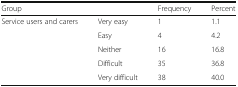
<table><thead><tr><td colspan="2"><b>Group</b></td><td><b>Frequency</b></td><td><b>Percent</b></td></tr></thead><tbody><tr><td rowspan="5">Service users and carers</td><td>Very easy</td><td>1</td><td>1.1</td></tr><tr><td>Easy</td><td>4</td><td>4.2</td></tr><tr><td>Neither</td><td>16</td><td>16.8</td></tr><tr><td>Difficult</td><td>35</td><td>36.8</td></tr><tr><td>Very difficult</td><td>38</td><td>40.0</td></tr></tbody></table>